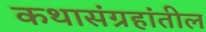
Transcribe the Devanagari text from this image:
कथासंग्रहांतील